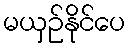
မယှဉ်နိုင်ပေ